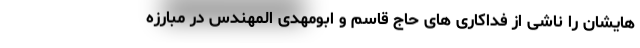
هایشان را ناشی از فداکاری های حاج قاسم و ابومهدی المهندس در مبارزه